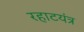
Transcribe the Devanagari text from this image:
रहाटयंत्र